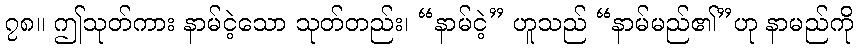
၇၈။ ဤသုတ်ကား နာမ်ငဲ့သော သုတ်တည်း၊ “နာမ်ငဲ့” ဟူသည် “နာမ်မည်၏”ဟု နာမည်ကို